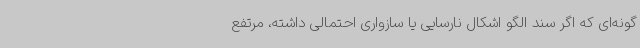
گونه‌ای که اگر سند الگو اشکال نارسایی یا سازواری احتمالی داشته، مرتفع